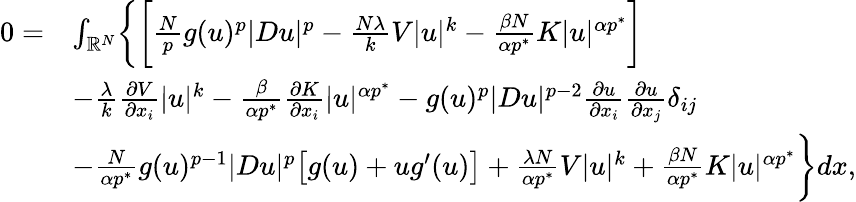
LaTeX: \begin{array}{rl}{0=}&{\int_{\mathbb R^{N}}\biggl\{ \biggr[\frac Npg(u)^{p}|Du|^{p}-\frac{N\lambda}{k}V|u|^{k}-\frac{\beta N}{\alpha p^{*}}K|u|^{\alpha p^{*}}\biggr]}\\ &{-\frac{\lambda}{k}\frac{\partial V}{\partial x_{i}}|u|^{k}-\frac{\beta}{\alpha p^{*}}\frac{\partial K}{\partial x_{i}}|u|^{\alpha p^{*}}-g(u)^{p}|Du|^{p-2}\frac{\partial u}{\partial x_{i}}\frac{\partial u}{\partial x_{j}}\delta_{ij}}\\ &{-\frac{N}{\alpha p^{*}}g(u)^{p-1}|Du|^{p}\bigl[g(u)+ug^{\prime}(u)\bigr]+\frac{\lambda N}{\alpha p^{*}}V|u|^{k}+\frac{\beta N}{\alpha p^{*}}K|u|^{\alpha p^{*}}\biggr\} dx,}\end{array}